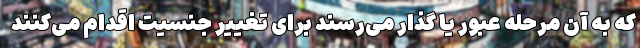
که به آن مرحله عبور یا گذار می‌رسند برای تغییر جنسیت اقدام می‌کنند